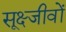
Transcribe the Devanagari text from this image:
सूक्ष्जीवों